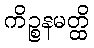
ကိဉ္စနမတ္ထိ